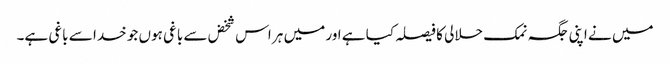
میں نے اپنی جگہ نمک حلالی کا فیصلہ کیا ہے اور میں ہر اس شخض سے باغی ہوں جو خدا سے باغی ہے۔